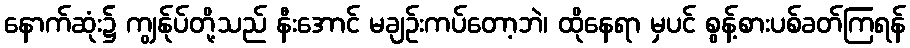
နောက်ဆုံး၌ ကျွန်ုပ်တို့သည် နီးအောင် မချဉ်းကပ်တော့ဘဲ၊ ထိုနေရာ မှပင် စွန့်စားပစ်ခတ်ကြရန်